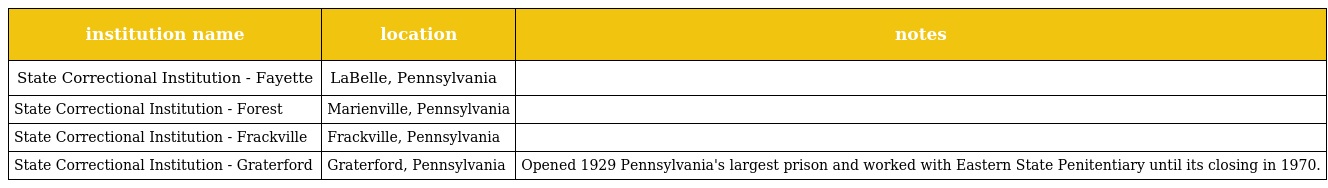
| institution name | location | notes |
 | --- | --- | --- |
 | State Correctional Institution - Fayette | LaBelle, Pennsylvania |  |
 | State Correctional Institution - Forest | Marienville, Pennsylvania |  |
 | State Correctional Institution - Frackville | Frackville, Pennsylvania |  |
 | State Correctional Institution - Graterford | Graterford, Pennsylvania | Opened 1929 Pennsylvania's largest prison and worked with Eastern State Penitentiary until its closing in 1970. |